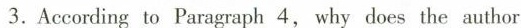
3. According to Paragraph 4,why does the author